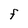
Character: F